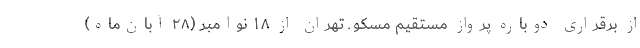
از برقراری دوباره پرواز مستقیم مسکو ـ تهران از ۱۸ نوامبر (۲۸ آبان‌ماه)